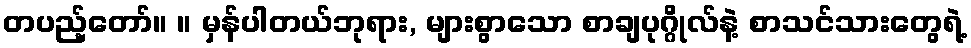
တပည့်တော်။ ။ မှန်ပါတယ်ဘုရား, များစွာသော စာချပုဂ္ဂိုလ်နဲ့ စာသင်သားတွေရဲ့